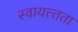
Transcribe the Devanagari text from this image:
स्वायत्त्तता